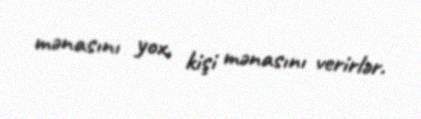
mənasını yox, kişi mənasını verirlər.